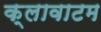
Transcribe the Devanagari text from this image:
क्लावाटम